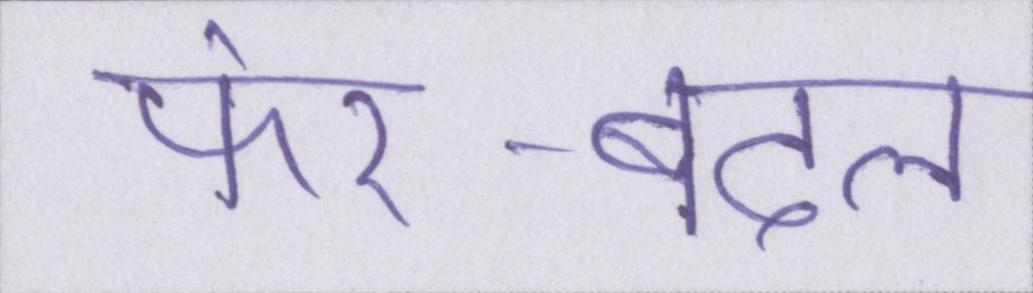
फेर-बदल